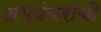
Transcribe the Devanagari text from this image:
अभ्यंकरांची